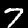
Label: 7